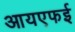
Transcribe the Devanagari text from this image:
आयएफई